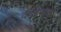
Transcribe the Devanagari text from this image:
कॉइनज